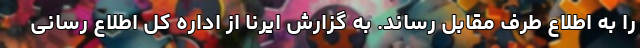
را به اطلاع طرف مقابل رساند. به گزارش ایرنا از اداره کل اطلاع رسانی